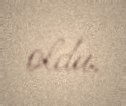
oldu.